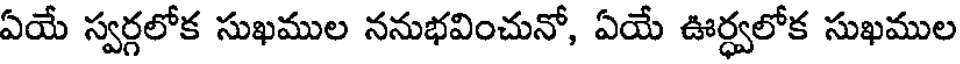
ఏయే స్వర్గలోక సుఖముల ననుభవించునో, ఏయే ఊర్ధ్వలోక సుఖముల